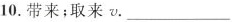
10.带来；取来v.___